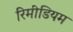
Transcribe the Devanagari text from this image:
रिमीडियम